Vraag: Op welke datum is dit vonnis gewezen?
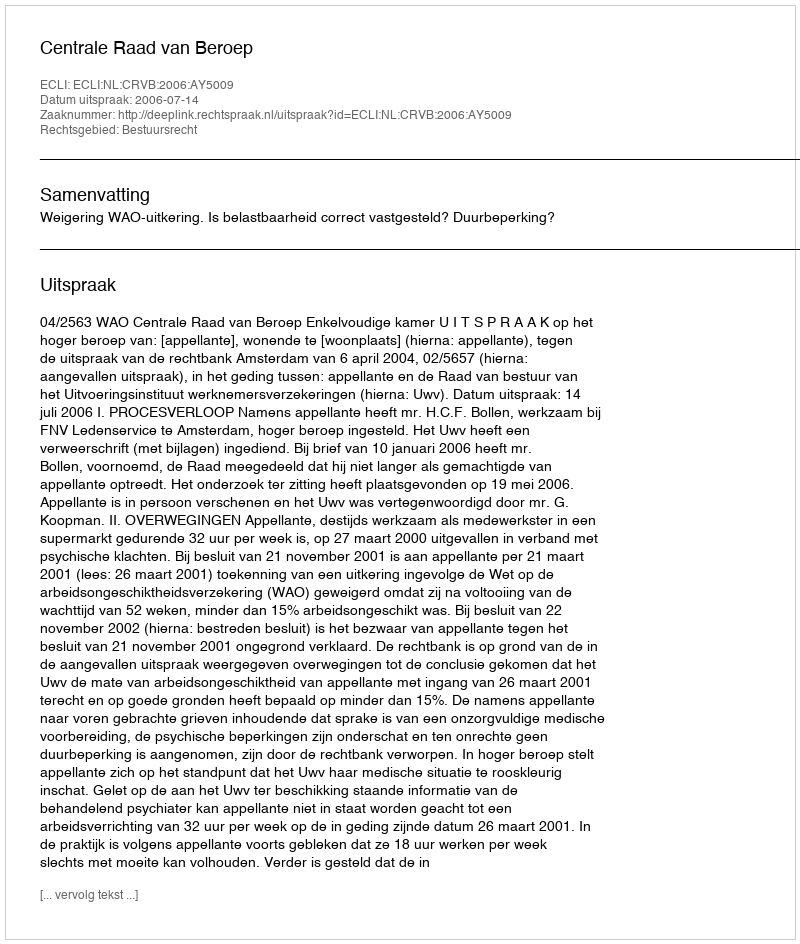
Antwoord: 2006-07-14